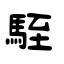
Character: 駤